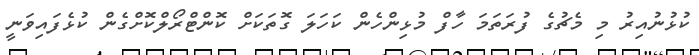
ކުޅުނުއިރު މި މެޗުގެ ފުރަތަމަ ހާފް މުޅިންހެން ކަހަލަ ގޮތަކަށް ކޮންޓްރޯލްކޮށްގެން ކުޅެފައިވަނީ